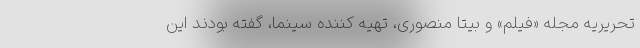
تحریریه مجله «فیلم» و بیتا منصوری، تهیه کننده سینما، گفته بودند این